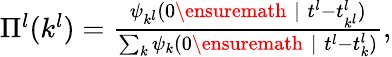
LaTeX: \begin{array}{r}{\Pi^{l}(k^{l})=\frac{\psi_{k^{l}}(0\ensuremath{\; |\; }t^{l}-t_{k^{l}}^{l})}{\sum_{k}\psi_{k}(0\ensuremath{\; |\; }t^{l}-t_{k}^{l})},}\end{array}